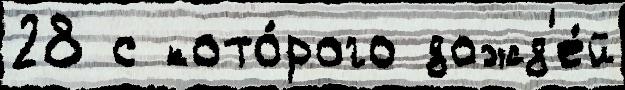
28 с кото́рого дожд'е́й